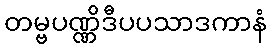
တမ္ဗပဏ္ဏိဒီပပသာဒကာနံ